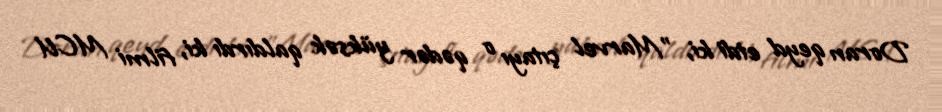
Doran qeyd etdi ki, "Marvel çıtayı o qədər yüksək qaldırdı ki, filmi MCU